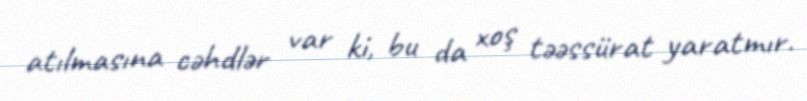
atılmasına cəhdlər var ki, bu da xoş təəssürat yaratmır.